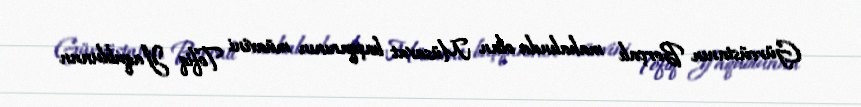
Gürcüstanın Borçalı mahalında olan Müsavat başqanının müavini Tofiq Yaqublunun